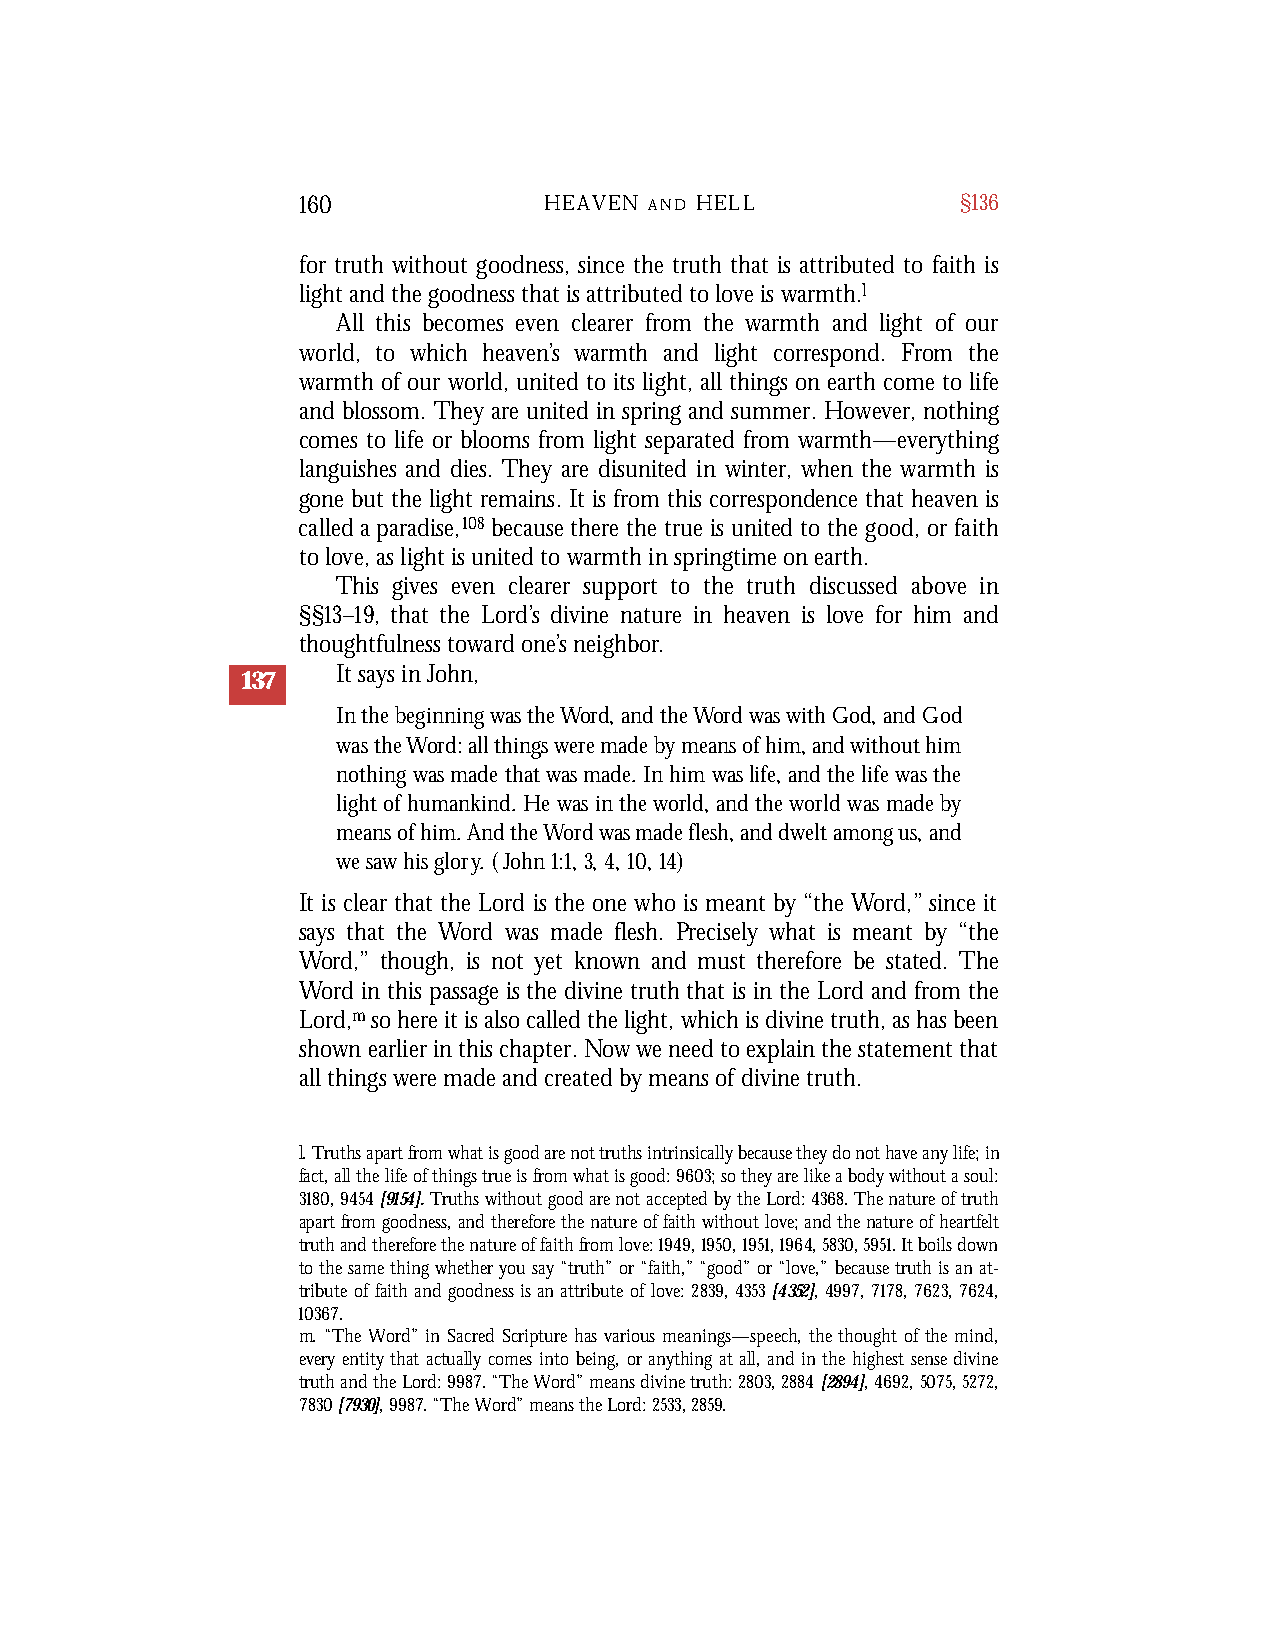
160             HEAVEN A N D H E L L        §136
 for truth without goodness, since the truth that is attributed to faith is
 light and the goodness that is attributed to love is warmth.l
 All this becomes even clearer from the warmth and light of our
 world, to which heaven’s warmth and light correspond. From the
 warmth of our world, united to its light, all things on earth come to life
 and blossom. They are united in spring and summer. However, nothing
 comes to life or blooms from light separated from warmth—everything
 languishes and dies. They are disunited in winter, when the warmth is
 gone but the light remains. It is from this correspondence that heaven is
 called a paradise,108 because there the true is united to the good, or faith
 to love, as light is united to warmth in springtime on earth.
 This gives even clearer support to the truth discussed above in
 §§13–19, that the Lord’s divine nature in heaven is love for him and
 thoughtfulness toward one’s neighbor.
 It says in John,
 137
 In the beginning was the Word, and the Word was with God, and God
 was the Word: all things were made by means of him, and without him
 nothing was made that was made. In him was life, and the life was the
 light of humankind. He was in the world, and the world was made by
 means of him. And the Word was made flesh, and dwelt among us, and
 we saw his glory. (John 1:1, 3, 4, 10, 14)
 It is clear that the Lord is the one who is meant by “the Word,” since it
 says that the Word was made flesh. Precisely what is meant by “the
 Word,” though, is not yet known and must therefore be stated. The
 Word in this passage is the divine truth that is in the Lord and from the
 Lord,mso here it is also called the light, which is divine truth, as has been
 shown earlier in this chapter. Now we need to explain the statement that
 all things were made and created by means of divine truth.
 l. Truths apart from what is good are not truths intrinsically because they do not have any life; in
 fact, all the life of things true is from what is good: 9603; so they are like a body without a soul:
 3180,9454[9154].Truths without good are not accepted by the Lord: 4368. The nature of truth
 apart from goodness, and therefore the nature of faith without love; and the nature of heartfelt
 truth and therefore the nature of faith from love: 1949,1950,1951,1964,5830,5951. It boils down
 to the same thing whether you say “truth” or “faith,” “good” or “love,” because truth is an at-
 tribute of faith and goodness is an attribute of love: 2839, 4353[4352],4997,7178,7623, 7624,
 10367.
 m. “The Word” in Sacred Scripture has various meanings—speech, the thought of the mind,
 every entity that actually comes into being, or anything at all, and in the highest sense divine
 truth and the Lord: 9987. “The Word” means divine truth: 2803,2884[2894],4692,5075,5272,
 7830[7930],9987. “The Word” means the Lord: 2533, 2859.